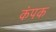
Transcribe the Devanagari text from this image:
कंपक